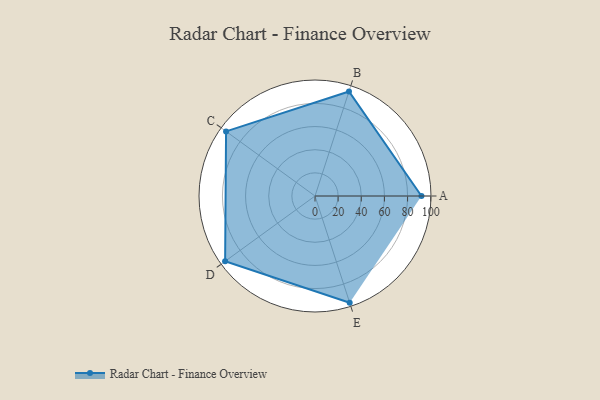
{"axis": {"x": "Skill", "y": "Score"}, "legend": ["Profile"], "data": [{"x": "A", "y": 92.0, "type": "Profile"}, {"x": "B", "y": 95.0, "type": "Profile"}, {"x": "C", "y": 95.0, "type": "Profile"}, {"x": "D", "y": 96.0, "type": "Profile"}, {"x": "E", "y": 97.0, "type": "Profile"}]}